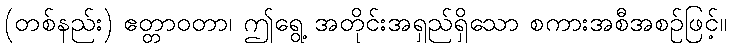
(တစ်နည်း) ဧတ္တာဝတာ၊ ဤရွေ့ အတိုင်းအရှည်ရှိသော စကားအစီအစဉ်ဖြင့်။